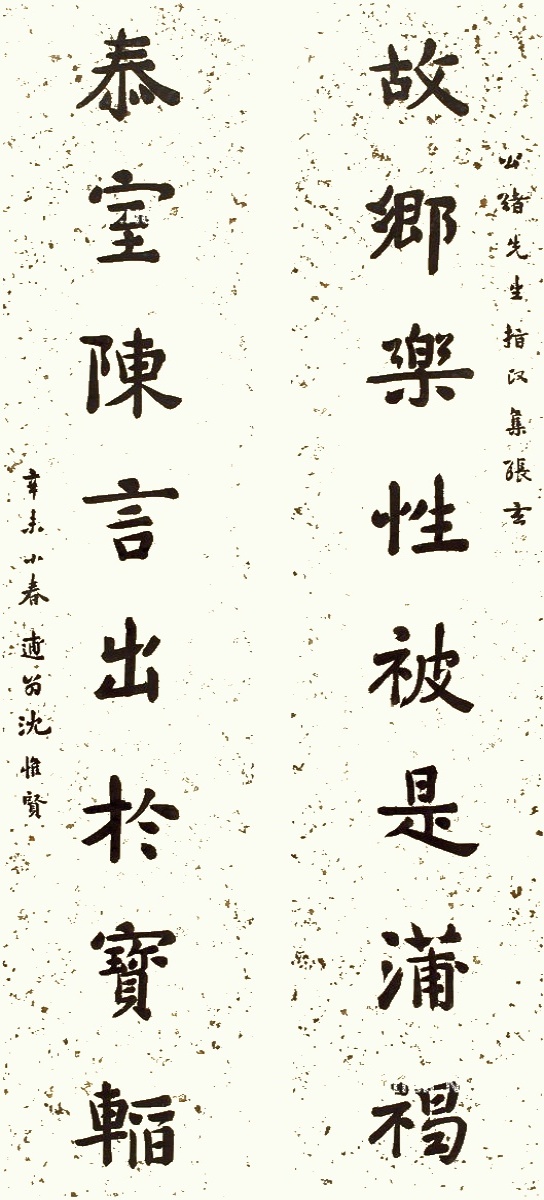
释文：故乡乐性被是蒲褐，泰室陈言出于宝辘。公绪先生指政，集张玄，辛未小春，逋翁沈惟贤。